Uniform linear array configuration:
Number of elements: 48
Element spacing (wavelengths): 0.25
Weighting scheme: exponential
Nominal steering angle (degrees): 60
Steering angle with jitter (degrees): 61.04
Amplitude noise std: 0.05
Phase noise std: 0.05

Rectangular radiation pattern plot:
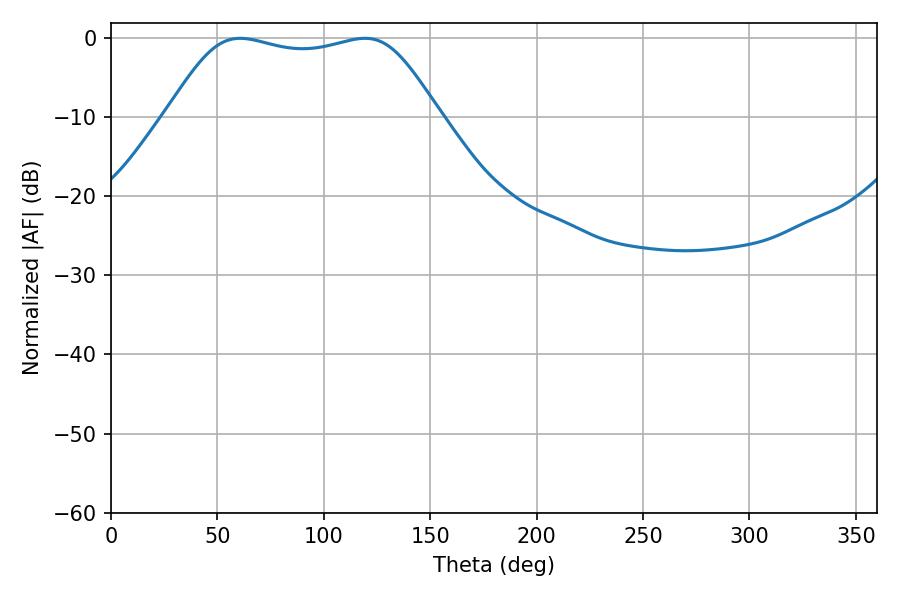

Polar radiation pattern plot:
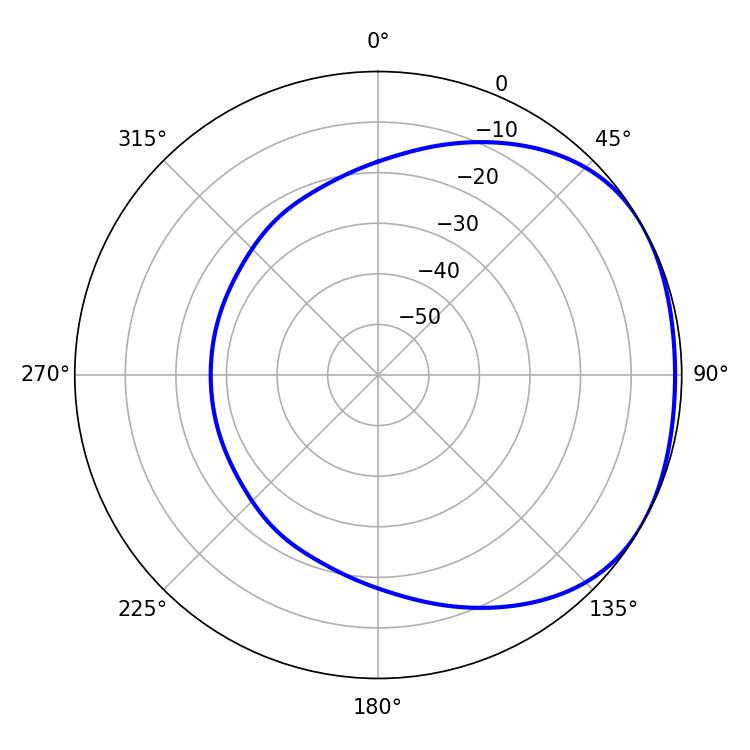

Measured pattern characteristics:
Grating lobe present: FALSE
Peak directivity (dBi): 1.688
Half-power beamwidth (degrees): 96.48
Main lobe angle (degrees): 60.66